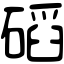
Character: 𥔿